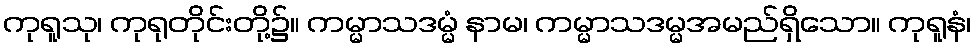
ကုရူသု၊ ကုရုတိုင်းတို့၌။ ကမ္မာသဒမ္မံ နာမ၊ ကမ္မာသဒမ္မအမည်ရှိသော။ ကုရူနံ၊